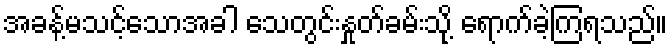
အခန့်မသင့်သောအခါ သေတွင်းနှုတ်ခမ်းသို့ ရောက်ခဲ့ကြရသည်။